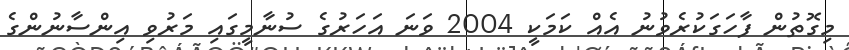
މިގޮތުން ފާހަގަކުރެވުނު އެއް ކަމަކީ 2004 ވަނަ އަހަރުގެ ސުނާމީގައި މަރުވި އިންސާނުންގެ